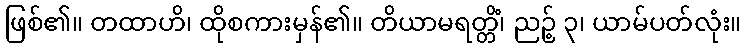
ဖြစ်၏။ တထာဟိ၊ ထိုစကားမှန်၏။ တိယာမရတ္တိံ၊ ညဉ့် ၃၊ ယာမ်ပတ်လုံး။